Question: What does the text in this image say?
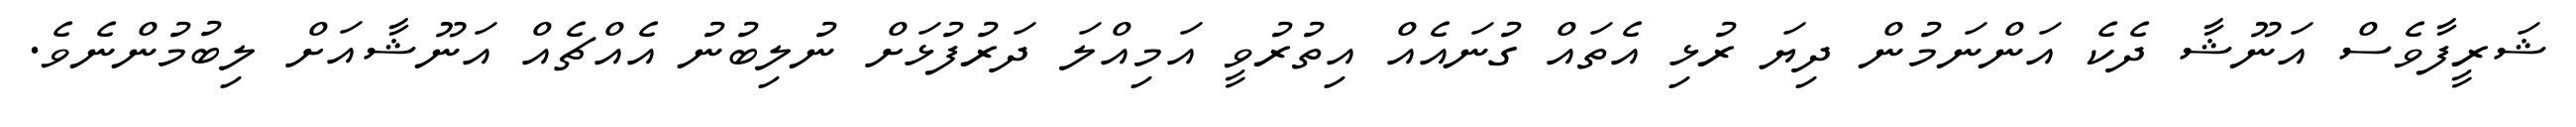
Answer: ޝަރީފާވެސް އަނޫޝާ ދެކެ އަންނަމުން ދިޔަ ރުޅި އެތައް ގުނައެއް އިތުރުވީ އަމިއްލަ ދަރުފުޅަށް ނުލިބުނު އެއްޗެއް އަނޫޝާއަށް ލިބުމުންނެވެ.